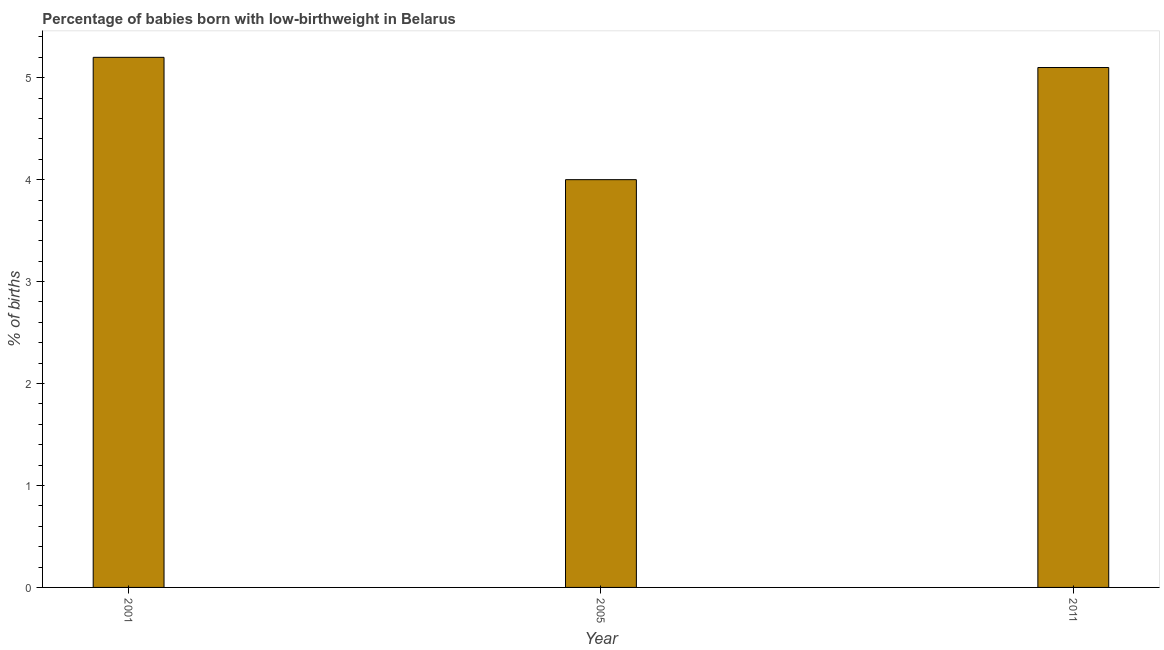
| Year | Low-birthweight babies |
 | --- | --- |
 | 2001 | 5.2 |
 | 2005 | 4 |
 | 2011 | 5.1 |